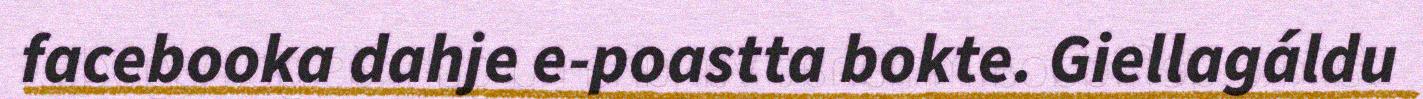
facebooka dahje e-poastta bokte. Giellagáldu